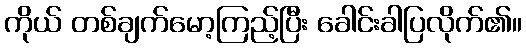
ကိုယ် တစ်ချက်မော့ကြည့်ပြီး ခေါင်းခါပြလိုက်၏။